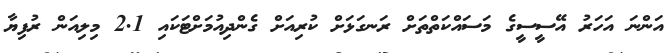
އަންނަ އަހަރު އޭސީސީގެ މަސައްކަތްތަށް ރަނގަޅަށް ކުރިއަށް ގެންދިއުމަށްޓަކައި 2.1 މިލިއަން ރުފިޔާ